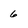
Character: 6